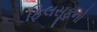
ફિલસૂફનો